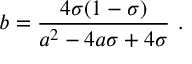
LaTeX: { { b } } = { \frac { 4 \sigma ( 1 - \sigma ) } { { { a } } ^ { 2 } - 4 { { a } } \sigma + 4 \sigma } } \ .